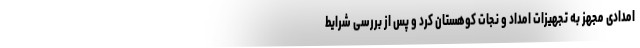
امدادی مجهز به تجهیزات امداد و نجات کوهستان کرد و پس از بررسی شرایط